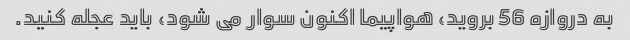
به دروازه 56 بروید، هواپیما اکنون سوار می شود، باید عجله کنید.